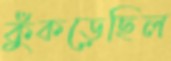
কুঁকড়েছিল